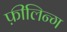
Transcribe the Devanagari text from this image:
फ़ीलिन्ग